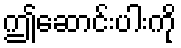
ဤဆောင်းပါးကို